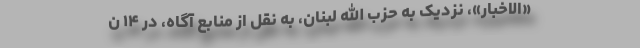
«الاخبار»، نزدیک به حزب الله لبنان، به نقل از منابع آگاه، در ۱۴ ن